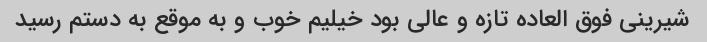
شیرینی فوق العاده تازه و عالی بود خیلیم خوب و به موقع به دستم رسید